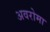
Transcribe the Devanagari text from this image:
अवरोमा